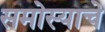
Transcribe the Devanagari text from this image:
समोस्याचे